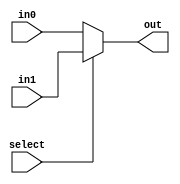
module mux2OneBit(out, select, in0, in1);
    input select;
    input in0, in1;
    output out;
    assign out = select? in1 : in0;
endmodule

module mux4OneBit(out, select, in0, in1, in2, in3);
    input[1:0] select;
    input in0, in1, in2, in3;
    output out;
    wire w1, w2;

    mux2OneBit first2(w1, select[0], in0, in1);
    mux2OneBit last2(w2, select[0], in2, in3);

    mux2OneBit second(out, select[1], w1, w2);
endmodule

module mux8OneBit(out, select, in0, in1, in2, in3, in4, in5, in6, in7);
    input[2:0] select;
    input in0, in1, in2, in3, in4, in5, in6, in7;
    output out;
    wire w1, w2;

    mux4OneBit first4(w1, select[1:0], in0, in1, in2, in3);
    mux4OneBit last4(w2, select[1:0], in4, in5, in6, in7);

    mux2OneBit second(out, select[2], w1, w2);
endmodule

module mux16OneBit(out, select, in0, in1, in2, in3, in4, in5, in6, in7,
            in8, in9, in10, in11, in12, in13, in14, in15);
    input[3:0] select;
    input in0, in1, in2, in3, in4, in5, in6, in7, in8, in9, in10, in11, in12, in13, in14, in15;
    output out;
    wire w1, w2;

    mux8OneBit first8(w1, select[2:0], in0, in1, in2, in3, in4, in5, in6, in7);
    mux8OneBit last8(w2, select[2:0], in8, in9, in10, in11, in12, in13, in14, in15);

    mux2OneBit second(out, select[3], w1, w2);
endmodule

module mux32OneBit(out, select, in0, in1, in2, in3, in4, in5, in6, in7,
            in8, in9, in10, in11, in12, in13, in14, in15,
            in16, in17, in18, in19, in20, in21, in22, in23,
            in24, in25, in26, in27, in28, in29, in30, in31);
    input[4:0] select;
    input in0, in1, in2, in3, in4, in5, in6, in7, in8, in9, in10, in11, in12, in13, in14, in15,
                in16, in17, in18, in19, in20, in21, in22, in23, in24, in25, in26, in27, in28, in29, in30, in31;
    output out;
    wire w1, w2;

    mux16OneBit first16(w1, select[3:0], in0, in1, in2, in3, in4, in5, in6, in7, in8, in9, in10, in11, in12, in13, in14, in15);
    mux16OneBit last16(w2, select[3:0], in16, in17, in18, in19, in20, in21, in22, in23, in24, in25, in26, in27, in28, in29, in30, in31);

    mux2OneBit second(out, select[4], w1, w2);
endmodule

module mux2FiveBit(out, select, in0, in1);
    input select;
    input [4:0] in0, in1;
    output[4:0] out;
    assign out = select? in1 : in0;
endmodule

module mux4FiveBit(out, select, in0, in1, in2, in3);
    input[1:0] select;
    input[4:0] in0, in1, in2, in3;
    output[4:0] out;
    wire[4:0] w1, w2;

    mux2FiveBit first2(w1, select[0], in0, in1);
    mux2FiveBit last2(w2, select[0], in2, in3);

    mux2FiveBit second(out, select[1], w1, w2);
endmodule

module mux2(out, select, in0, in1);
    input select;
    input [31:0] in0, in1;
    output[31:0] out;
    assign out = select? in1 : in0;
endmodule

module mux4(out, select, in0, in1, in2, in3);
    input[1:0] select;
    input[31:0] in0, in1, in2, in3;
    output[31:0] out;
    wire[31:0] w1, w2;

    mux2 first2(w1, select[0], in0, in1);
    mux2 last2(w2, select[0], in2, in3);

    mux2 second(out, select[1], w1, w2);
endmodule

module mux8(out, select, in0, in1, in2, in3, in4, in5, in6, in7);
    input[2:0] select;
    input[31:0] in0, in1, in2, in3, in4, in5, in6, in7;
    output[31:0] out;
    wire[31:0] w1, w2;

    mux4 first4(w1, select[1:0], in0, in1, in2, in3);
    mux4 last4(w2, select[1:0], in4, in5, in6, in7);

    mux2 second(out, select[2], w1, w2);
endmodule

module mux16(out, select, in0, in1, in2, in3, in4, in5, in6, in7,
            in8, in9, in10, in11, in12, in13, in14, in15);
    input[3:0] select;
    input[31:0] in0, in1, in2, in3, in4, in5, in6, in7, in8, in9, in10, in11, in12, in13, in14, in15;
    output[31:0] out;
    wire[31:0] w1, w2;

    mux8 first8(w1, select[2:0], in0, in1, in2, in3, in4, in5, in6, in7);
    mux8 last8(w2, select[2:0], in8, in9, in10, in11, in12, in13, in14, in15);

    mux2 second(out, select[3], w1, w2);
endmodule

module mux32(out, select, in0, in1, in2, in3, in4, in5, in6, in7,
            in8, in9, in10, in11, in12, in13, in14, in15,
            in16, in17, in18, in19, in20, in21, in22, in23,
            in24, in25, in26, in27, in28, in29, in30, in31);
    input[4:0] select;
    input[31:0] in0, in1, in2, in3, in4, in5, in6, in7, in8, in9, in10, in11, in12, in13, in14, in15,
                in16, in17, in18, in19, in20, in21, in22, in23, in24, in25, in26, in27, in28, in29, in30, in31;
    output[31:0] out;
    wire[31:0] w1, w2;

    mux16 first16(w1, select[3:0], in0, in1, in2, in3, in4, in5, in6, in7, in8, in9, in10, in11, in12, in13, in14, in15);
    mux16 last16(w2, select[3:0], in16, in17, in18, in19, in20, in21, in22, in23, in24, in25, in26, in27, in28, in29, in30, in31);

    mux2 second(out, select[4], w1, w2);
endmodule